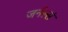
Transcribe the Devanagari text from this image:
जर्नल्सं